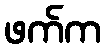
ဖက်က